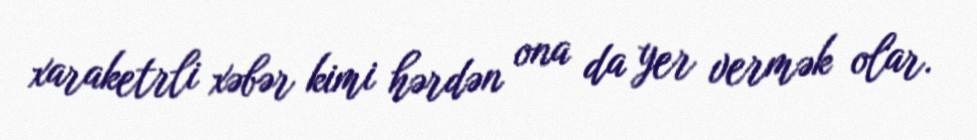
xaraketrli xəbər kimi hərdən ona da yer vermək olar.